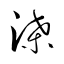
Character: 渫